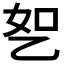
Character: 𬼤